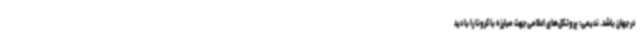
در جهان باشد. ندیمی: پروتکل‌های اعلامی جهت مبارزه با کرونا را با دید